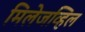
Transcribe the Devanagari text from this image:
मिलेजव्हिल